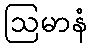
ဩမာနံ